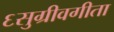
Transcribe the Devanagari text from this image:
६सुग्रीवगीता